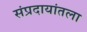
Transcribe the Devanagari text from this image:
संप्रदायांतला